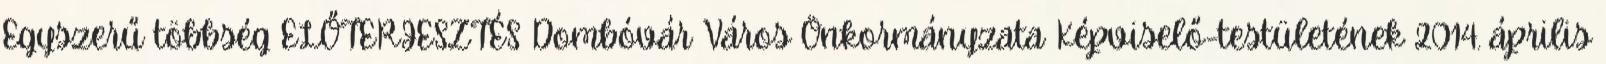
Egyszerű többség ELŐTERJESZTÉS Dombóvár Város Önkormányzata Képviselő-testületének 2014. április